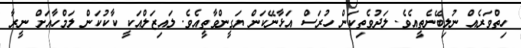
ހިތްވަރެއް ނުލިބޭނެތީއެވެ. ލަދުވެތިކަން ހުރަސް އަޅާނޭކަން ޔަގީންވާތީއެވެ. ލައިޒަލްއަކީ ކާކުކަން ލަމްހާއަށް ނީރާ